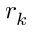
r _ { k }